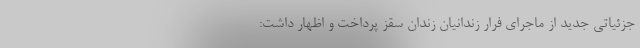
جزئیاتی جدید از ماجرای فرار زندانیان زندان سقز پرداخت و اظهار داشت: